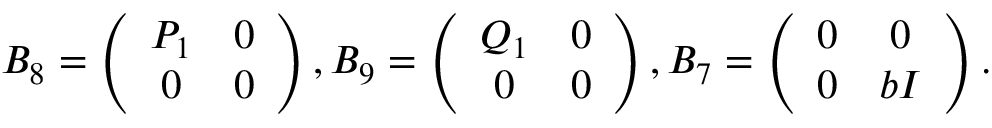
B _ { 8 } = \left( \begin{array} { c c } { { P _ { 1 } } } & { { 0 } } \\ { { 0 } } & { { 0 } } \end{array} \right) , B _ { 9 } = \left( \begin{array} { c c } { { Q _ { 1 } } } & { { 0 } } \\ { { 0 } } & { { 0 } } \end{array} \right) , B _ { 7 } = \left( \begin{array} { c c } { { 0 } } & { { 0 } } \\ { { 0 } } & { { b I } } \end{array} \right) .